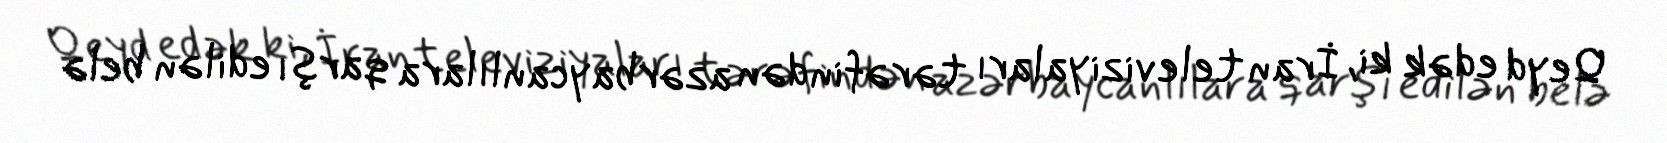
Qeyd edək ki, İran televiziyaları tərəfindən azərbaycanlılara qarşı edilən belə